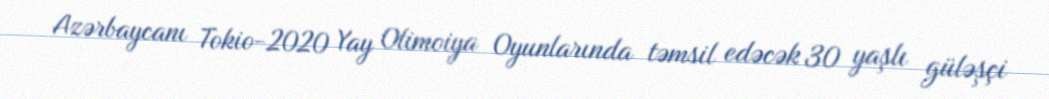
Azərbaycanı Tokio-2020 Yay Olimoiya Oyunlarında təmsil edəcək 30 yaşlı güləşçi